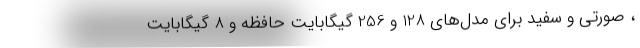
، صورتی و سفید برای مدل‌های 128 و 256 گیگابایت حافظه و 8 گیگابایت